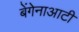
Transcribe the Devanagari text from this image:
बेंगेनाआटी